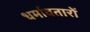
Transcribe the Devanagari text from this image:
धर्मावतारों